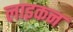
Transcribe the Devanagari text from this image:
लाइकन